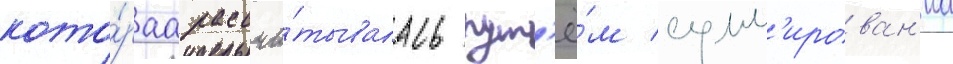
кото́раа рассчи́тывалась пут'ё́м сумм'ирован'иа